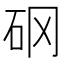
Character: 𥐻